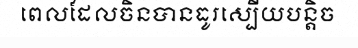
ពេលដែលចិនបានធូរស្បើយបន្តិច